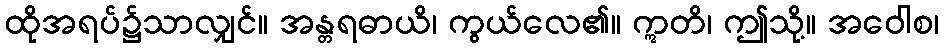
ထိုအရပ်၌သာလျှင်။ အန္တရဓာယိ၊ ကွယ်လေ၏။ ဣတိ၊ ဤသို့။ အဝေါစ၊